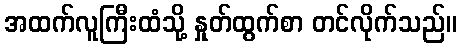
အထက်လူကြီးထံသို့ နှုတ်ထွက်စာ တင်လိုက်သည်။